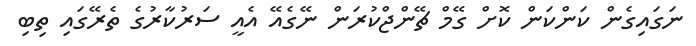
ނަގައިގެން ކަންކަން ކޮށް ގޭމް ޗޭންޖްކުރަން ނޭގެއޭ އެއީ ސަރުކާރުގެ ތެރޭގައި ތިބި